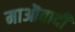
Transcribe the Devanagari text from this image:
माऒवादी